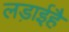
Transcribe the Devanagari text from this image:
लड़ाईहै